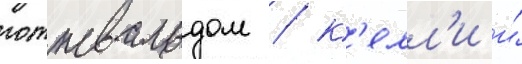
готтвальдом / к'елл'и и́